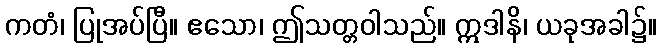
ကတံ၊ ပြုအပ်ပြီ။ ဧသော၊ ဤသတ္တဝါသည်။ ဣဒါနိ၊ ယခုအခါ၌။